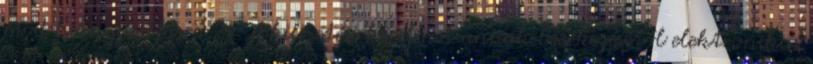
mód hiánypótlásra 24 A kifizetési kérelmet annak beérkezésétől elektronikus